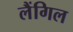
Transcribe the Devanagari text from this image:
लैंगिल